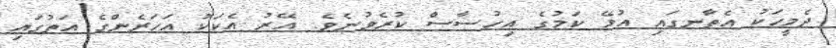
ދެމީހަކު އެތާނގައި އުޅޭ ކަމުގެ އިހުސާސް ކުރެވުނެވެ. އޭރު އެކަކު އަހަރެންގެ އަތުގައި